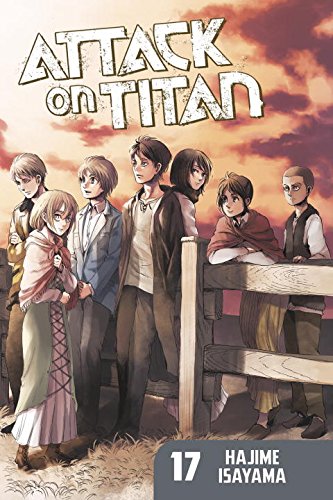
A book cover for Attack on Titan 17; Hajime Isayama; Comics & Graphic Novels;